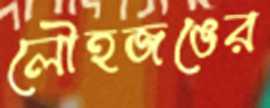
লৌহজঙের